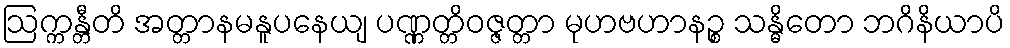
ဩက္ကန္တီတိ အတ္တာနမနူပနေယျ ပဏ္ဏတ္တိဝဇ္ဇတ္တာ မုဟဗဟာနဉ္စ သန္ဓိတော ဘဂိနိယာပိ